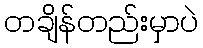
တချိန်တည်းမှာပဲ